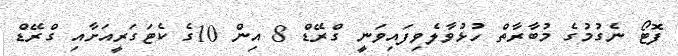
ފޮޓޯ ނެގުމުގެ މުބާރާތް ހުޅުވާލެވިފައިވަނީ ގްރޭޑް 8 އިން 10ގެ ކެޓަގަރީއަށާއި ގްރޭޑް